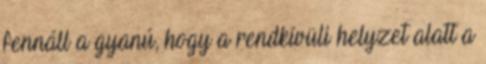
fennáll a gyanú, hogy a rendkívüli helyzet alatt a